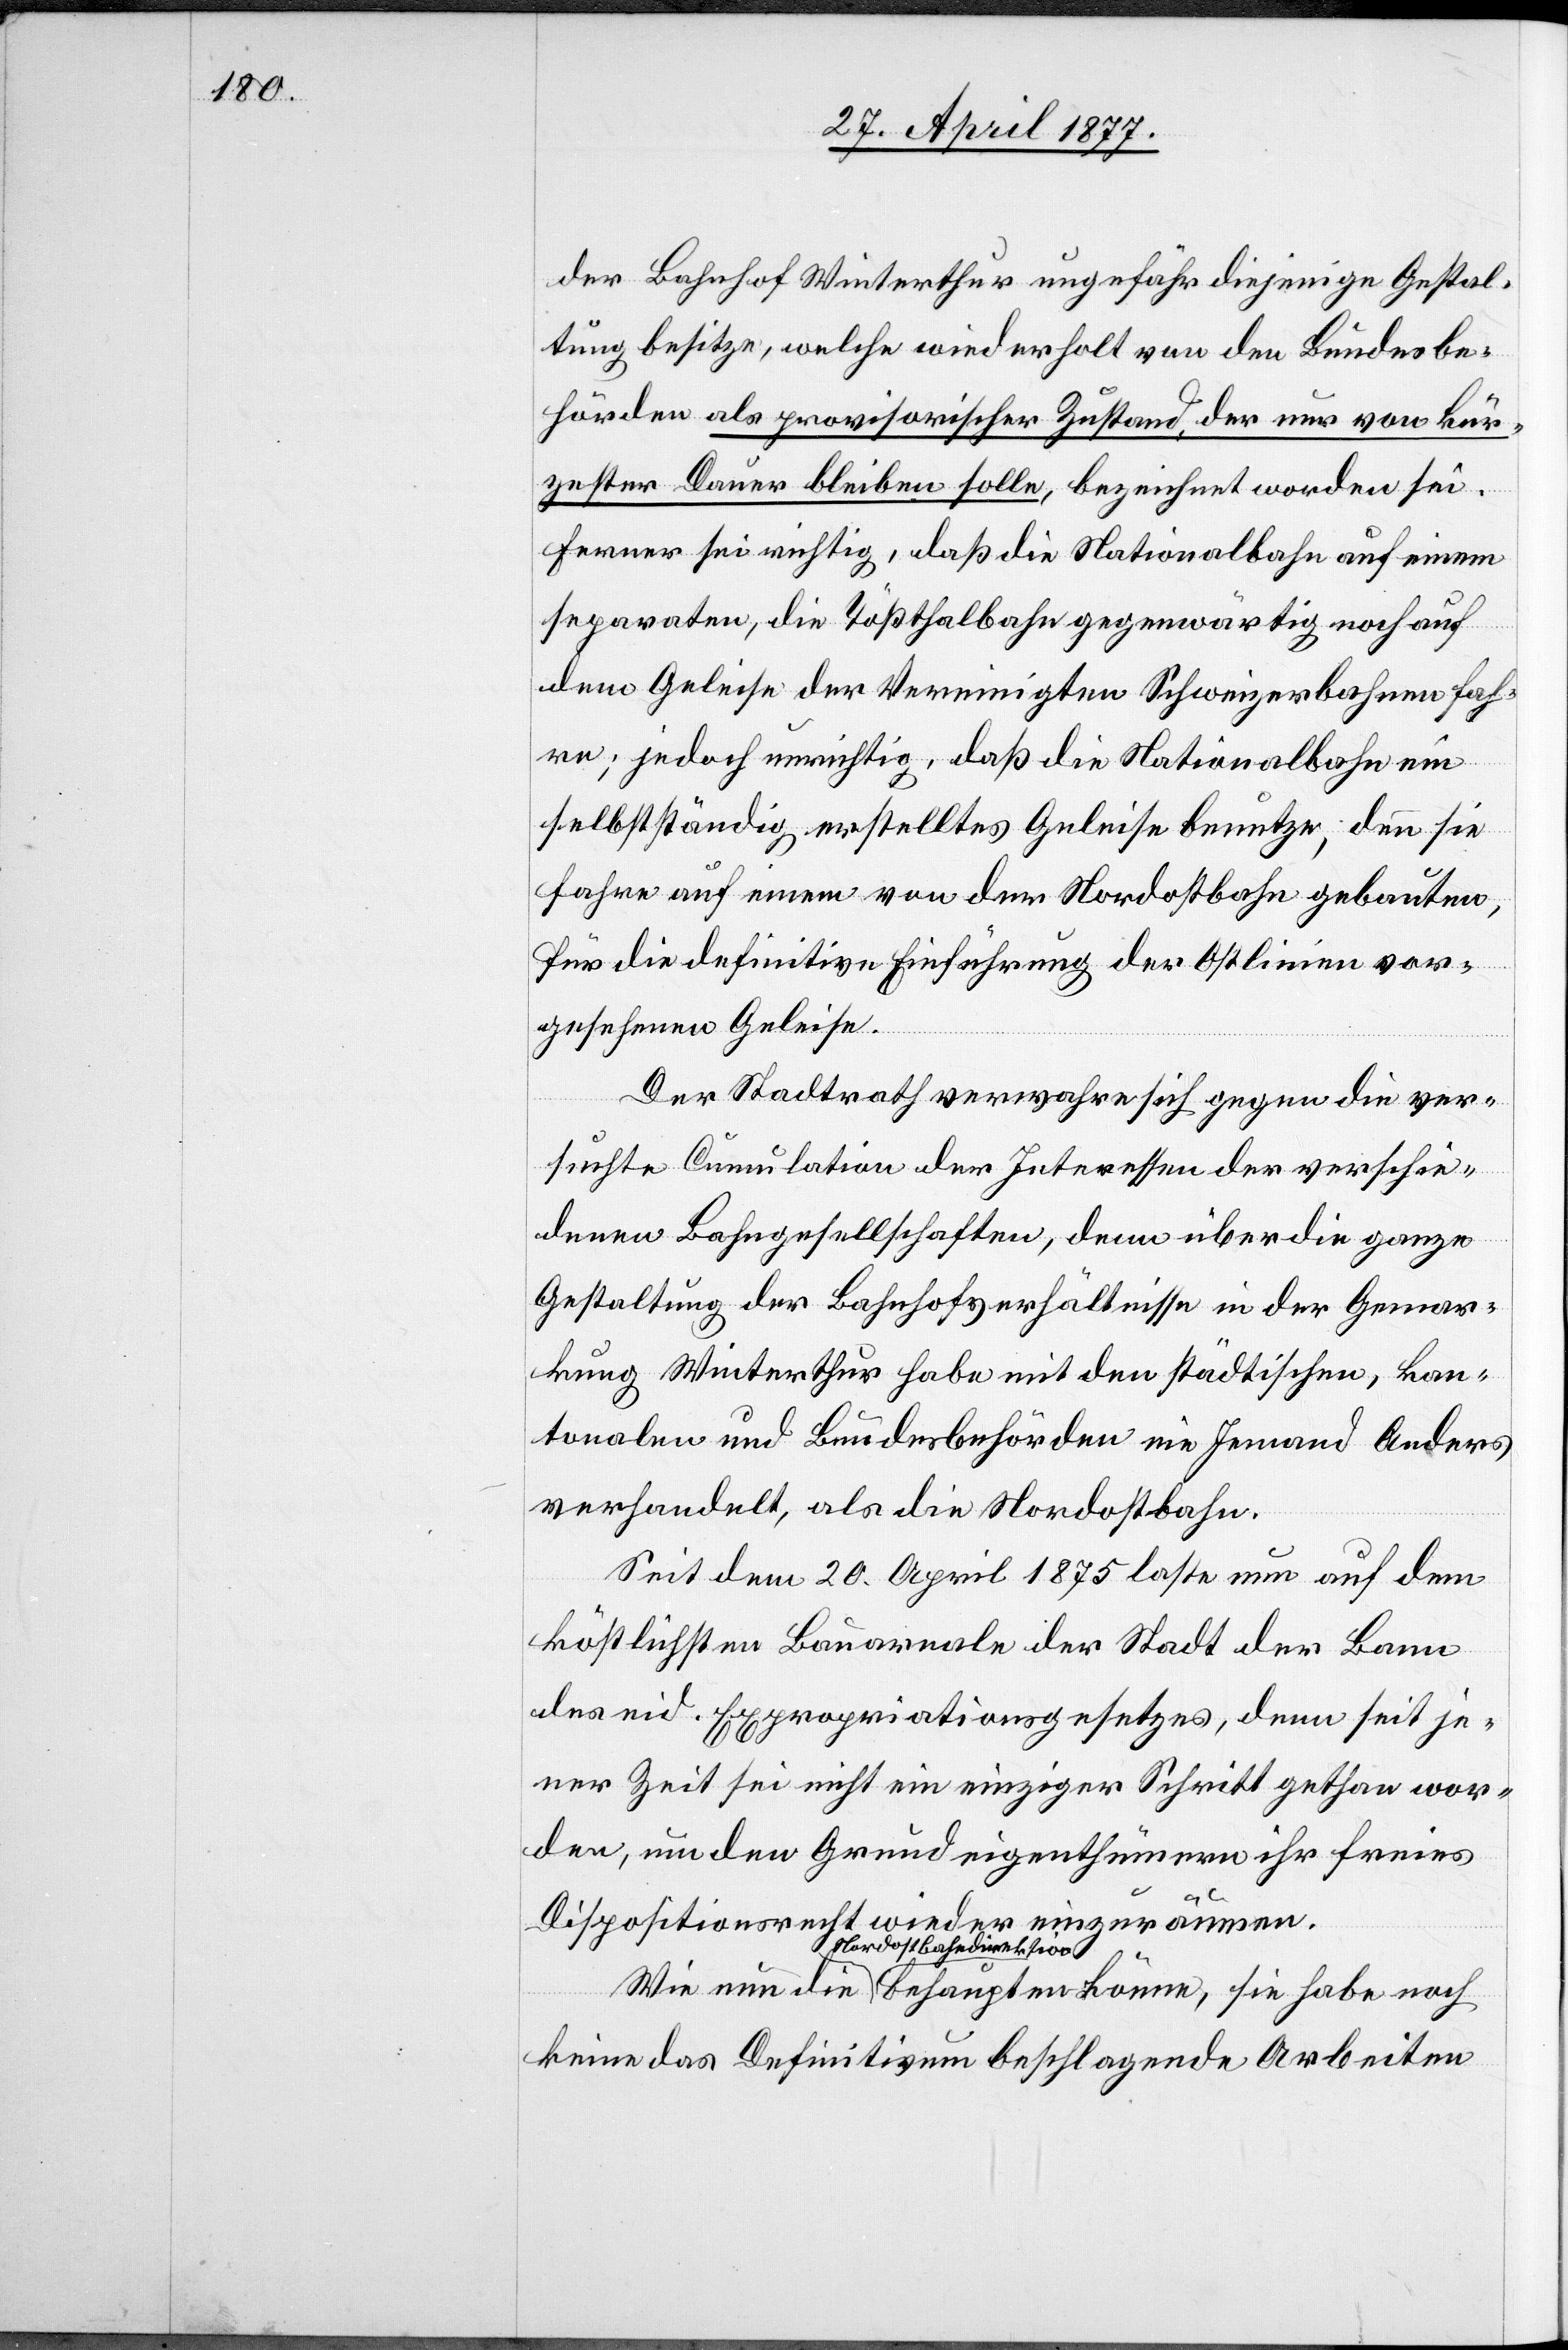
der Bahnhof Winterthur ungefähr diejenige Gestal¬
tung besitze, welche wiederholt von den Bundesbe¬
hörden als provisorischer Zustand, der nur von kür¬
zester Dauer bleiben solle, bezeichnet worden sei.
Ferner sei richtig, daß die Nationalbahn auf einem
separaten, die Tößthalbahn gegenwärtig noch auf
dem Geleise der Vereinigten Schweizerbahnen fah¬
re; jedoch unrichtig, daß die Nationalbahn ein
selbstständig erstelltes Geleise benutze, denn sie
fahre auf einem von der Nordostbahn gebauten,
für die definitive Einführung der Ostlinien vor¬
gesehenen Geleise.
Der Stadtrath verwahre sich gegen die ver¬
suchte Cumulation der Interessen der verschie¬
denen Bahngesellschaften, denn über die ganze
Gestaltung der Bahnhofverhältnisse in der Gemar¬
kung Winterthur habe mit den städtischen, kan¬
tonalen und Bundesbehörden nie Jemand Anders
verhandelt, als die Nordostbahn.
Seit dem 20. April 1875 laste nun auf dem
köstlichsten Bauareale der Stadt der Bann
des eid. Expropriationsgesetzes, denn seit je¬
ner Zeit sei nicht ein einziger Schritt gethan wor¬
den, um den Grundeigenthümern ihr freies
Dispositionsrecht wieder einzuräumen.
Nordostbahndirektion
keine das Definitivum beschlagende Arbeiten